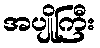
အပျိုကြီး